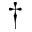
\dagger